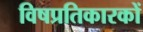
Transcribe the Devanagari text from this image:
विषप्रतिकारकों